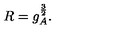
R = g _ { A } ^ { \frac { 3 } { 2 } } .